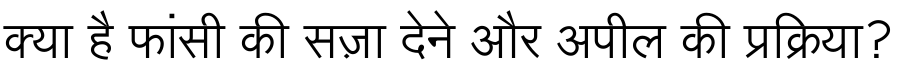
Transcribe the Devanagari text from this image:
क्या है फांसी की सज़ा देने और अपील की प्रक्रिया?